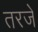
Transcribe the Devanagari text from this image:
तरजे